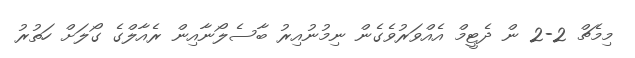
މިމެޗް 2-2 ން ދެޓީމް އެއްވަރުވެގެން ނިމުނުއިރު ބާސެލޯނާއިން ރެއާލްގެ ގޯލަށް ހަތުރު